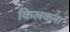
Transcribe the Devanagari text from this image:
किलकना